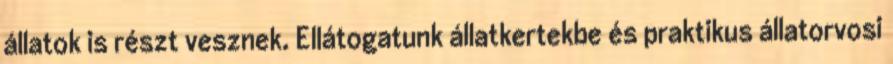
állatok is részt vesznek. Ellátogatunk állatkertekbe és praktikus állatorvosi